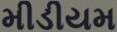
મીડીયમ